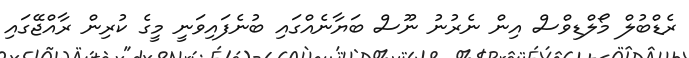
ރެޑްބުލް މޯލްޑިވްސް އިން ނެރުނު ނޫސް ބަޔާނެއްގައި ބުނެފައިވަނީ މީގެ ކުރިން ރާއްޖޭގައި